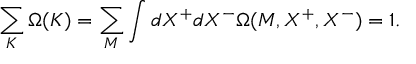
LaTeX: \sum _ { K } \Omega ( K ) = \sum _ { M } \int d X ^ { + } d X ^ { - } \Omega ( M , X ^ { + } , X ^ { - } ) = 1 .